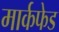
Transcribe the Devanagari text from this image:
मार्कफेड